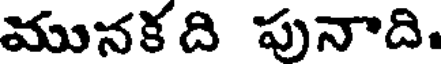
మునకది పునాది.